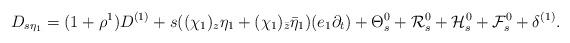
LaTeX: \begin{align*}D_{s\eta_1}=(1+\rho^1)D^{(1)}+s((\chi_1)_z\eta_1+(\chi_1)_{\bar{z}}\bar{\eta}_1)(e_1\partial_t)+\Theta_s^0+\mathcal{R}_s^0+\mathcal{H}_s^0+\mathcal{F}_s^0+\delta^{(1)}.\end{align*}